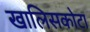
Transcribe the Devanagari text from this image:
खालिसकोटा